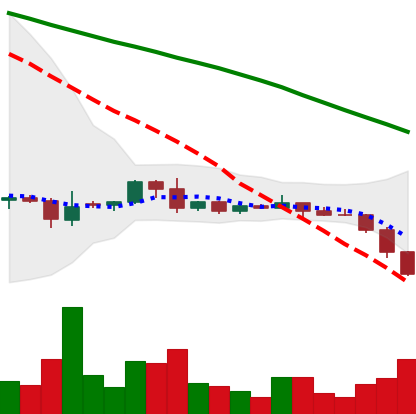
Ticker: DOGE-USD
Chart end date: 2022-06-12
Forward return: -11.41%
Label: down_7plus